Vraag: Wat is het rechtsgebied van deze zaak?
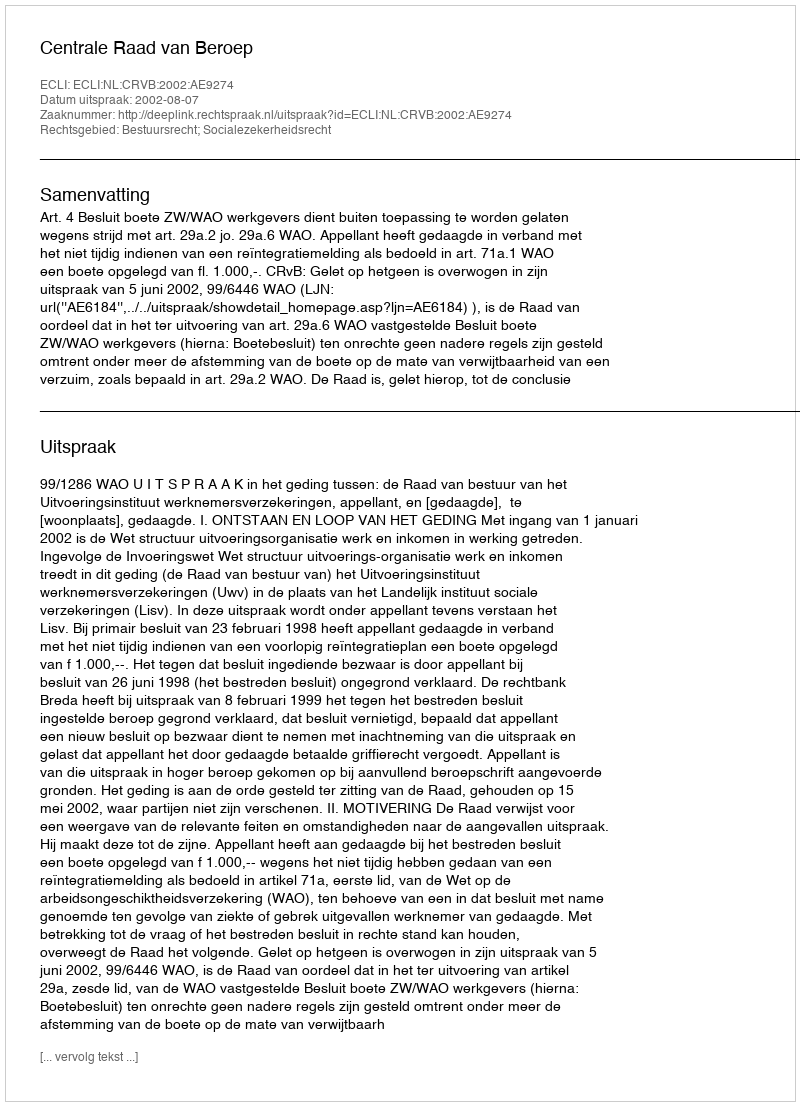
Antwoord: Bestuursrecht; Socialezekerheidsrecht